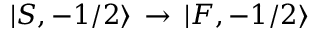
| S , - 1 / 2 \rangle \, \rightarrow \, | F , - 1 / 2 \rangle